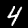
Digit: 4